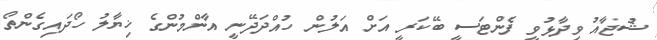
ޝުޖާއު ވިދާޅުވީ ފެންޓަސީ ބޭކަރީ އަށް އަލުން ހުއްދަދޭނީ އާންމުންގެ ޚިޔާލު ހޯދައިގެންތޯ